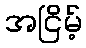
အငြိမ့်